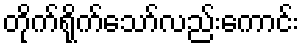
တိုက်ရိုက်သော်လည်းကောင်း